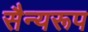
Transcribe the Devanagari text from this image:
सैन्यरूप